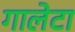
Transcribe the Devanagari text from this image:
गालेटा